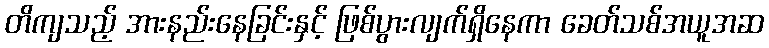
တိကျသည့် အားနည်းနေခြင်းနှင့် ဖြစ်ပွားလျက်ရှိနေကာ ခေတ်သစ်အယူအဆ